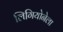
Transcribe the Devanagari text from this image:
लिगियोनेला